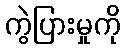
ကွဲပြားမှုကို